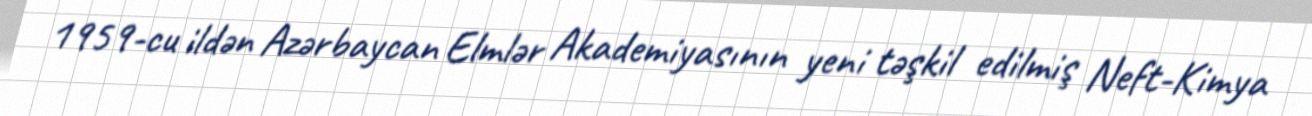
1959-cu ildən Azərbaycan Elmlər Akademiyasının yeni təşkil edilmiş Neft-Kimya